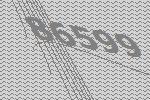
86599